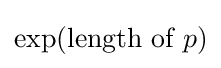
\exp({\text{length of }}p)